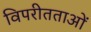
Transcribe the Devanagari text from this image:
विपरीतताओं